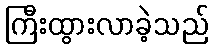
ကြီးထွားလာခဲ့သည်